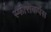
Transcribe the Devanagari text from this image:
स्फीरोकर्पस